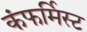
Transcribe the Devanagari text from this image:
कंफर्मिस्ट